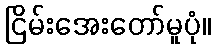
ငြိမ်းအေးတော်မူပုံ။